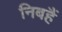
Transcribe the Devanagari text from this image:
निबहैं